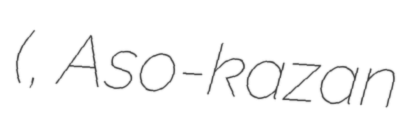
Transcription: (阿蘇火山博物館, Aso-kazan